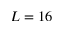
L = 1 6